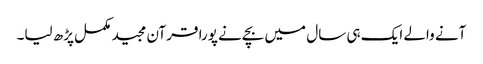
آنے والے ایک ہی سال میں بچےنے پورا قرآن مجید مکمل پڑھ لیا۔